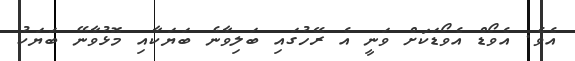
އެވެ. އެވޯޑް އެވޯޑަކަށް ވަނީ އެ ރޭހުގައި ބަލިވާނެ ބަޔަކާއި މޮޅުވާނޭ ބަޔަކު